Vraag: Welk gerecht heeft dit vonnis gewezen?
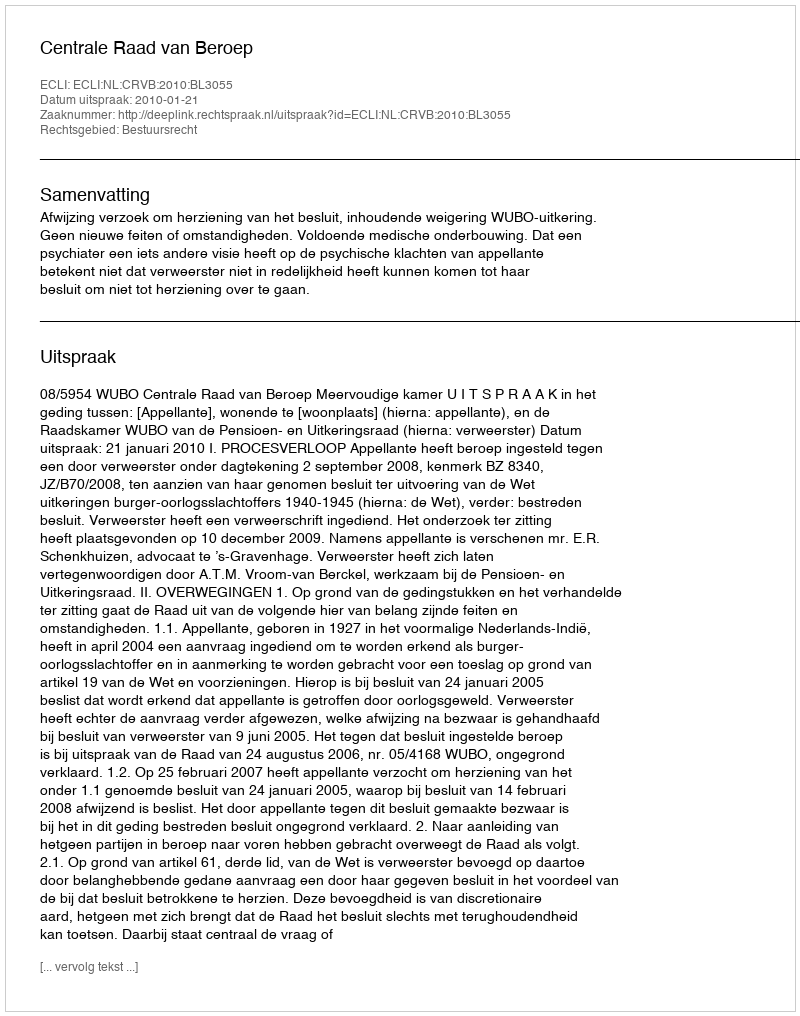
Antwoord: Centrale Raad van Beroep